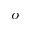
^ { o }